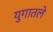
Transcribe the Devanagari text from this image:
युगातले